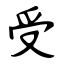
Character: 受